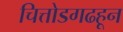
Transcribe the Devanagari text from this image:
चित्तोडगढहून